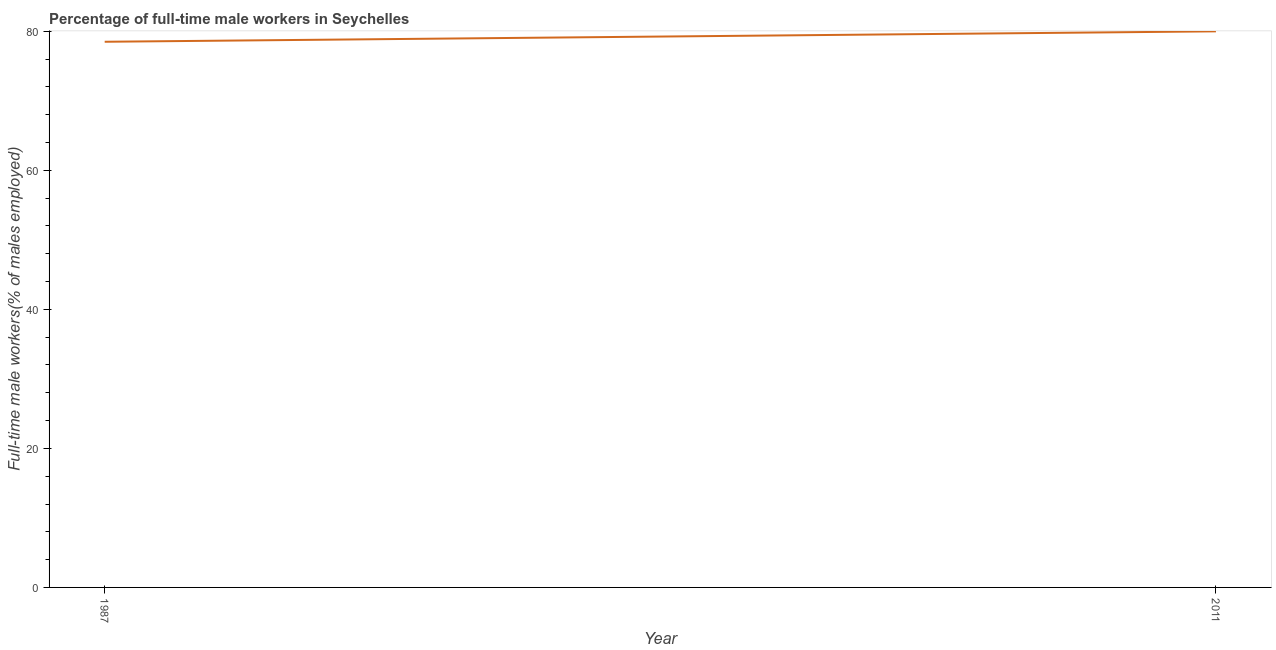
| Year | Wage and salary workers |
 | --- | --- |
 | 1987 | 78.5 |
 | 2011 | 80 |